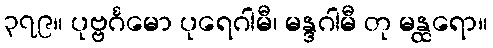
၃၇၉။ ပုဗ္ဗင်္ဂမော ပုရေဂါမီ၊ မန္ဒဂါမီ တု မန္ထရော။